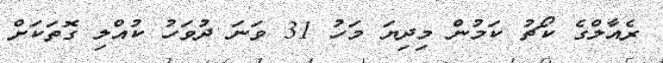
ރެއާލްގެ ކޯޗު ކަމުން މިދިޔަ މަހު 31 ވަނަ ދުވަހު ކުއްލި ގޮތަކަށް